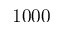
1 0 0 0